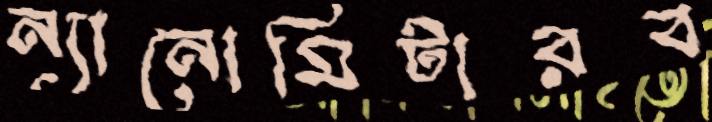
ন্যানোমিটারব